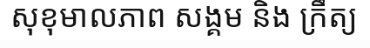
សុខុមាលភាព សង្គម និង ក្រឹត្យ